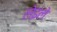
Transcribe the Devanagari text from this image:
लेइले